Annual administration report of the Civil Veterinary Department of India - 1909-1910
Year: 1909
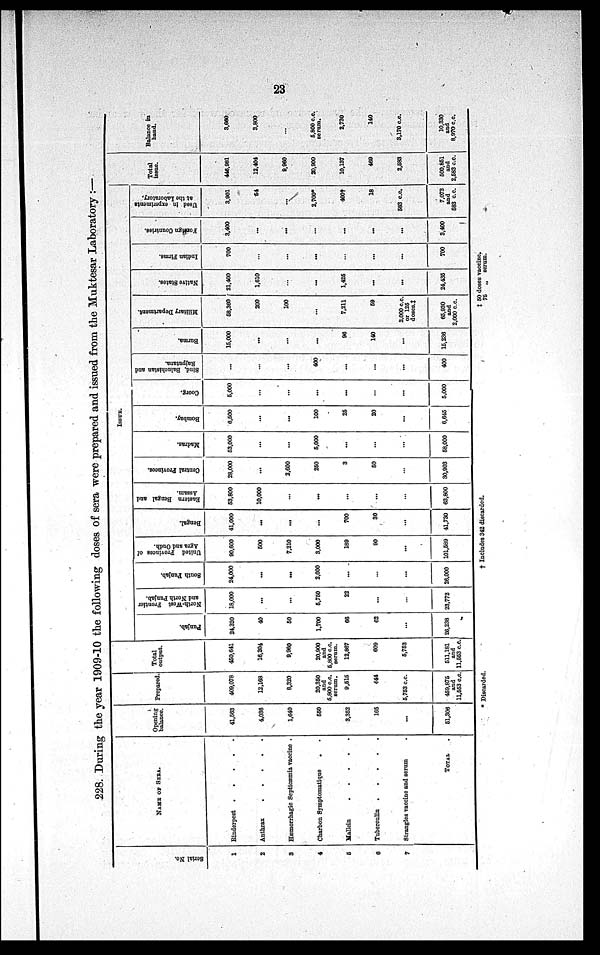
23
228. During the year 1909-10 the following doses of sera were prepared and issued from the Muktesar Laboratory :—
Serial No.
1
2
3
4
5
6
7
NAME OF SERA.
Rinderpest .
.
.
.
.
Anthrax
.
.
.
.
.
Hæmorrhagic Septicæmia vaccine .
Charbon Symptomatique . .
Mallein
.
.
.
.
.
Tuberculin
.
.
.
.
.
Strangles vaccine and serum .
TOTAL .
Opening
balance.
41,563
4,036
1,640
550
3,352
165
...
51,306
Prepared
409,078
12,168
8,320
20,350
and
5,800 c.c.
serum.
9,515
444
5,753 c.c.
459,875
and
11,553 c.c.
Total
output.
450,641
16,204
9,960
20,900
and
5,800 c.c.
serum.
12,867
609
5,753
511,181
and
11,553 c.c.
ISSUE.
Punjab.
24,320
40
50
1,700
66
62
...
26,238
North-West Frontier
and North Punjab.
18,000
...
...
5,750
22
...
...
23,772
South Punjab.
24,000
...
...
2,000
...
...
...
26,000
United Provinces of
Agra and Oudh.
90,600
500
7,210
3,000
189
90
...
101,589
Bengal.
41,000
...
...
...
700
30
...
41,730
Eastern Bengal and
Assam.
53,800
10,000
...
...
...
...
...
63,800
Central Provinces.
28,000
...
2,600
250
3
50
...
30,903
Madras.
53,000
...
...
5,000
...
...
...
58,000
Bombay,
6,500
...
...
100
25
20
...
6,645
Coorg.
5,000
...
...
...
...
...
...
5,000
Bind, Baluchistan and
Rajputana.
...
...
...
400
...
...
...
400
Burma.
15,000
...
...
...
96
140
...
15,236
Military Department.
58,360
200
100
...
7,211
59
2,000 c.c.
or 125
doses.‡
65,930
and
2,000 c.c.
Native States.
21,400
1,610
...
...
1,425
...
...
24,435
Indian Firms.
700
...
...
...
...
...
...
700
Foreign Countries.
3,400
...
...
...
...
...
...
3,400
Used in experiments
at the Laboratory,
3,901
54
...
2,700*
400†
18
583 c.c.
7,073
and
583 c.c.
Total
issue.
446,981
12,404
9,960
20,900
10,137
469
2,583
500,851
and
2,583 c.c.
Balance in
hand.
3,660
3,800
...
5,800 c.c.
serum.
2,730
140
3,170 c.c.
10,330
and
8,970 c.c.
* Discarded.
†
Includes 342 discarded.
‡
50 doses vaccine.
75 „ serum.